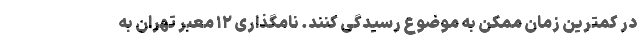
در کمترین زمان ممکن به موضوع رسیدگی کنند. نامگذاری ۱۲ معبر تهران به